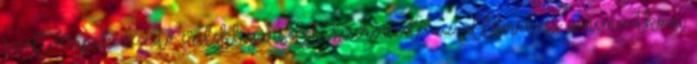
szoftveripar vezető érdekképviseleti szervezete az államok és a nemzetközi